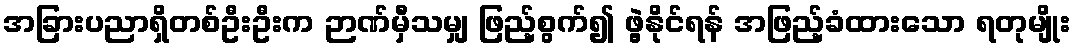
အခြားပညာရှိတစ်ဦးဦးက ဉာဏ်မှီသမျှ ဖြည့်စွက်၍ ဖွဲ့နိုင်ရန် အဖြည့်ခံထားသော ရတုမျိုး